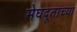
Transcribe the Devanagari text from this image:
मेघदूतांच्या